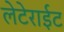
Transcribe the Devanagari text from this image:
लेटेराईट